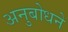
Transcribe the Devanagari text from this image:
अनुबोधने